Report on vaccination in the Province of Bengal - 1869-1873
Year: 1869
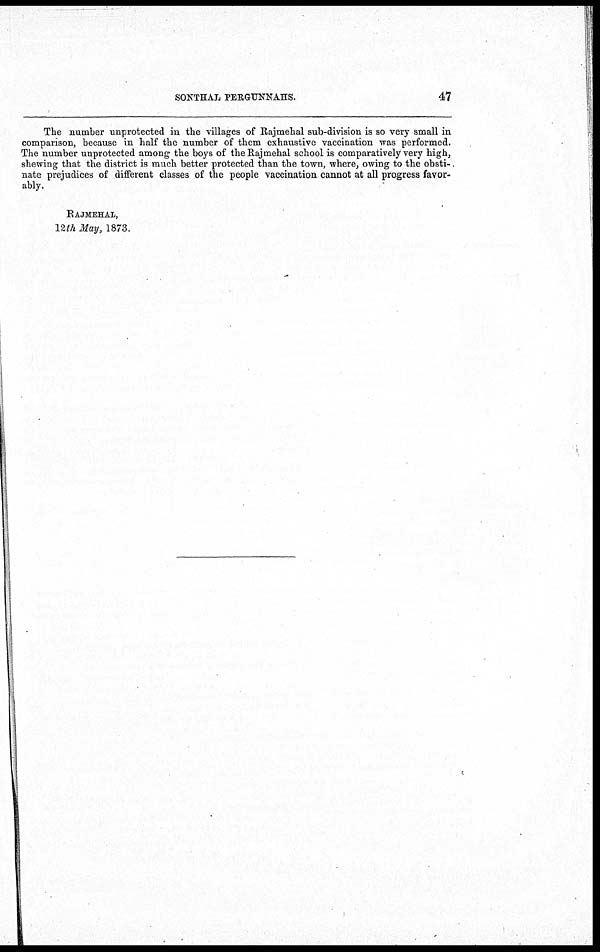
SONTHAL PERGUNNAHS.
47
The number unprotected in the villages of Rajmehal sub-division is so very small in
comparison, because in half the number of them exhaustive vaccination was performed.
The number unprotected among the boys of the Rajmehal school is comparatively very high,
shewing that the district is much better protected than the town, where, owing to the obsti-
nate prejudices of different classes of the people vaccination cannot at all progress favor-
ably.
RAJMEHAL,
12th May, 1873.